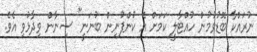
ނުރައްކާ ބޮޑުވުމުން ހުއްޓާލީ ކަމަށް އެ ކުންފުނިން ބުނަނީ" ސިނާން ވިދާޅުވި އެވެ.